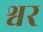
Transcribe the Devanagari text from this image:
श्वर